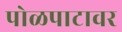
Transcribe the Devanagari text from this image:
पोळपाटावर